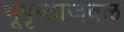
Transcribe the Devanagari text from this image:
भूपृष्ठाजवळ